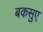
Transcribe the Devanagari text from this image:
बकसुए